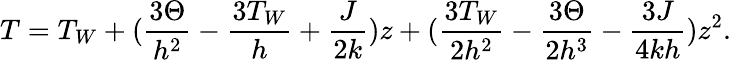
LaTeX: T=T_{W}+(\frac{3\Theta}{h^{2}}-\frac{3T_{W}}{h}+\frac{J}{2k})z+(\frac{3T_{W}}{2h^{2}}-\frac{3\Theta}{2h^{3}}-\frac{3J}{4kh})z^{2}.